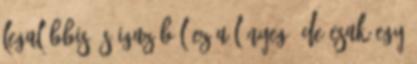
legalábbis és igazából ez a lényeg. De csak egy